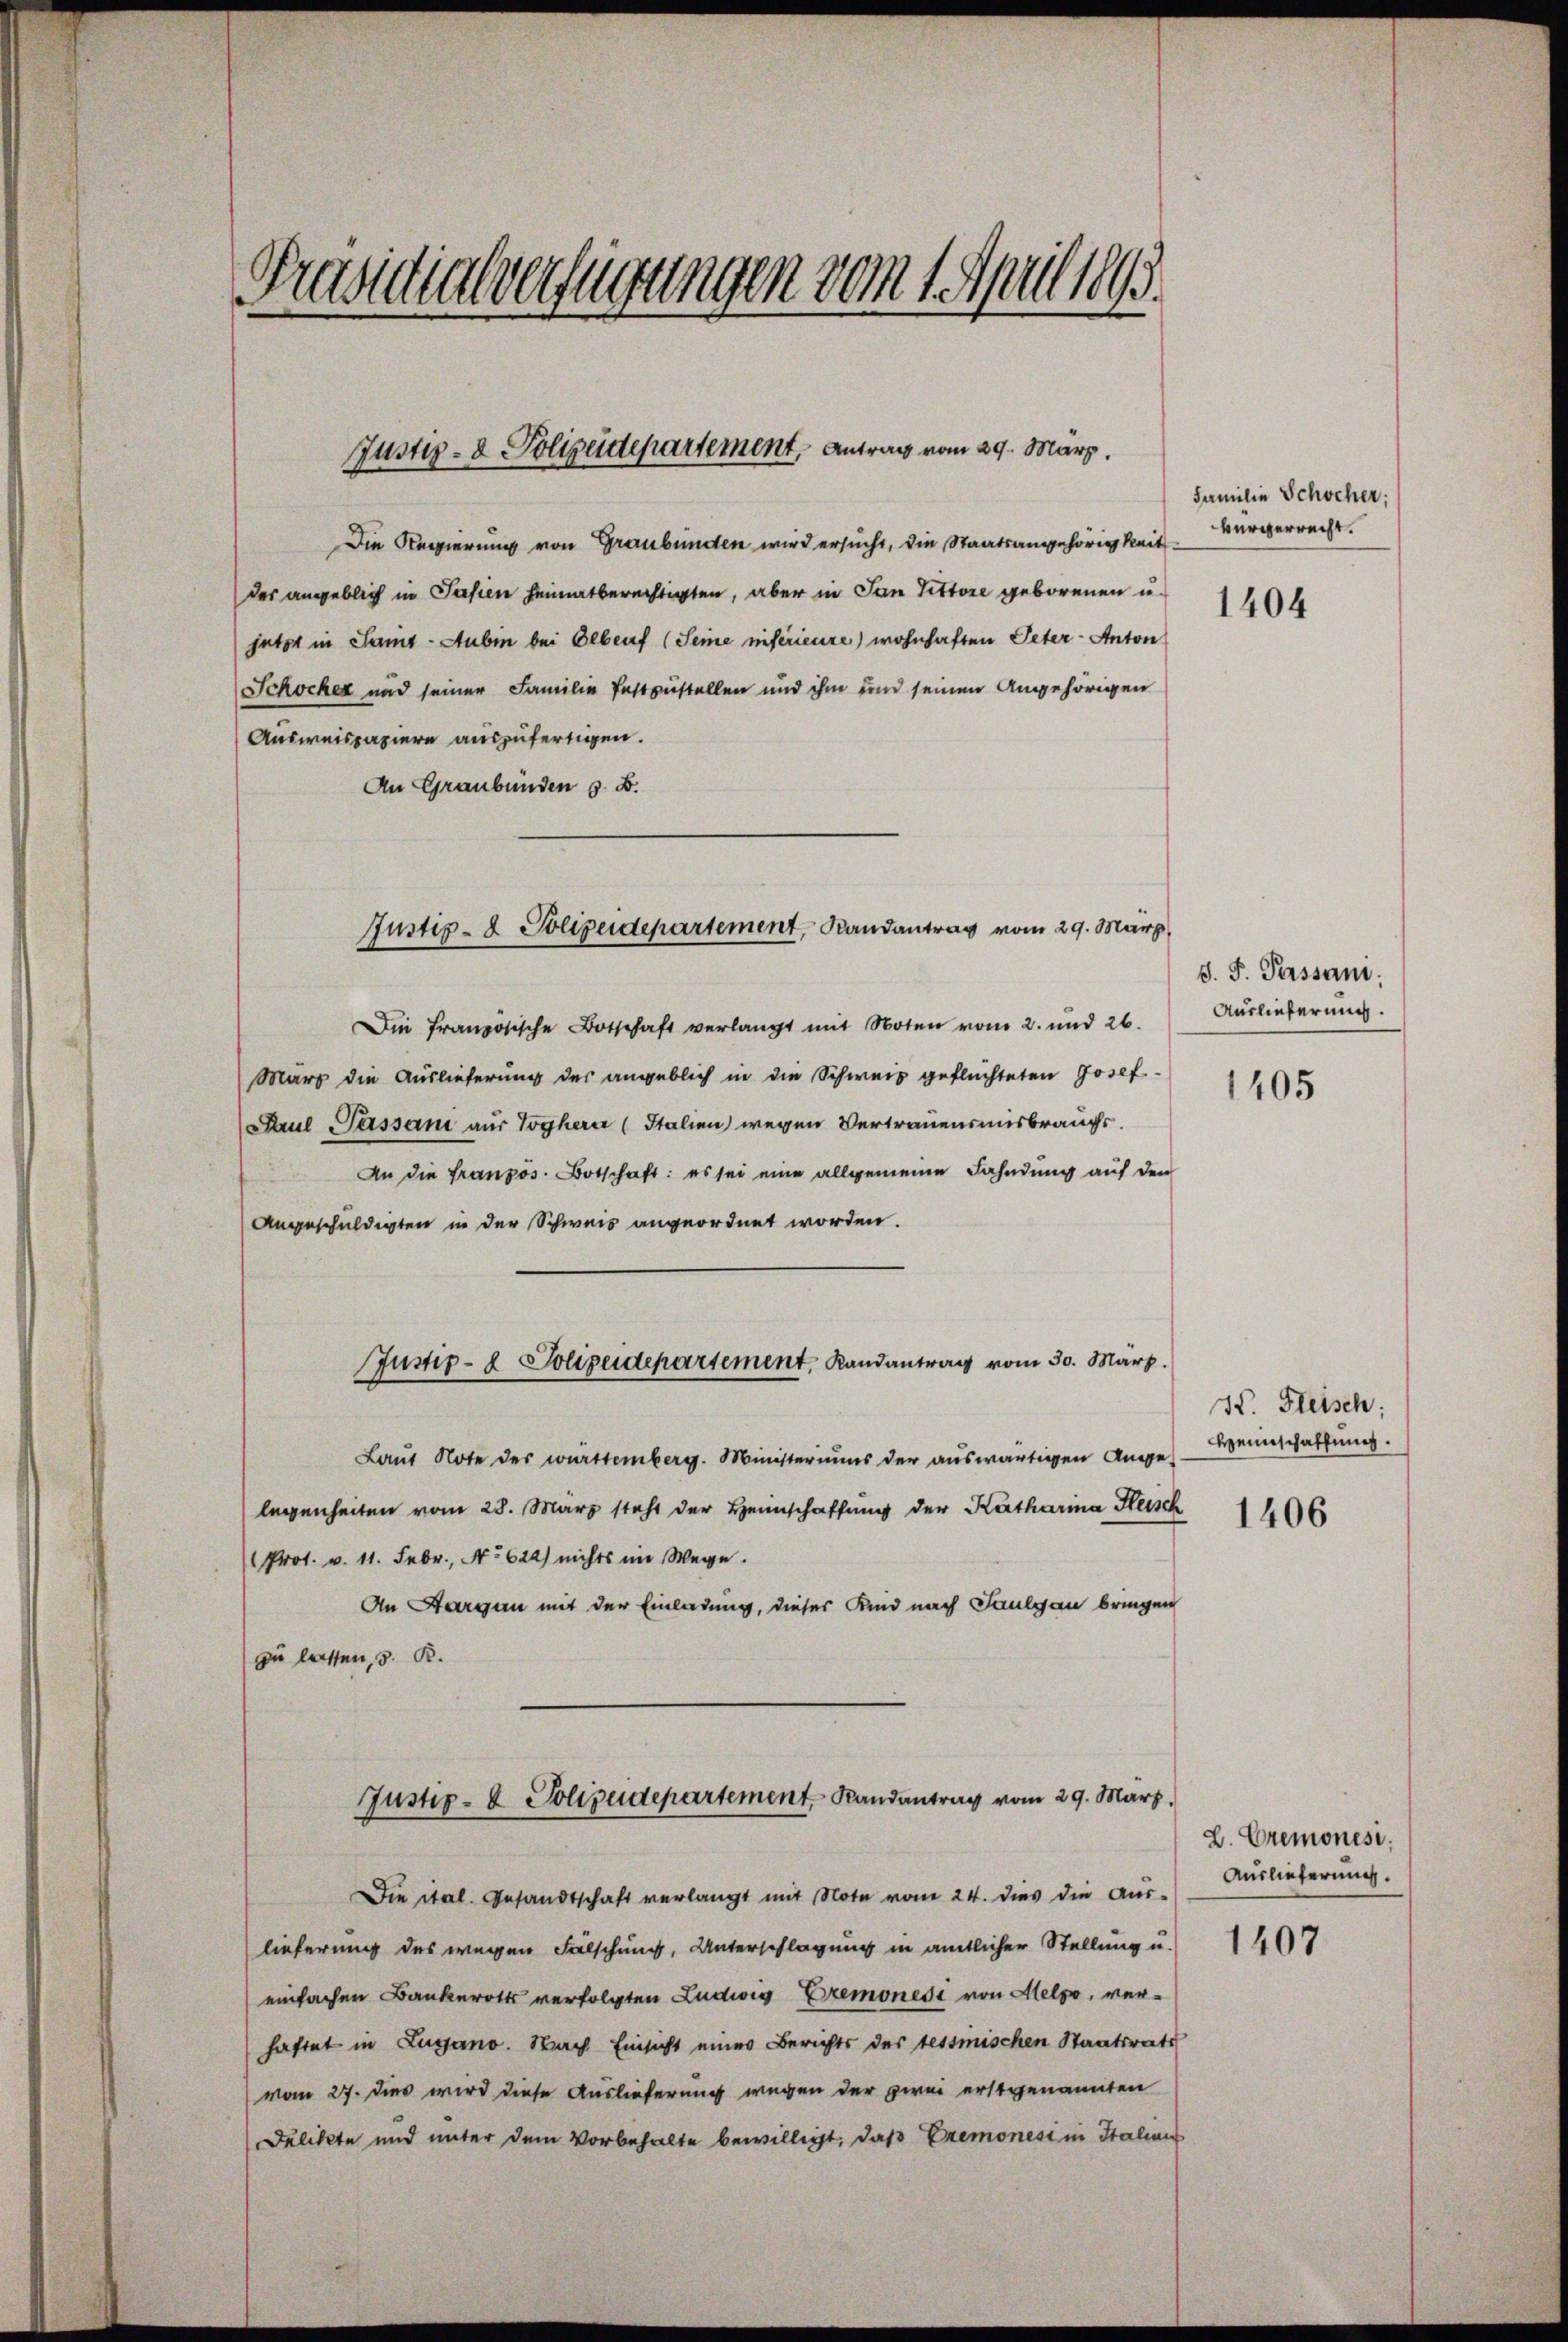
Präsidialverfügungen vom 1. April 1893.

Justiz- & Polizeidepartement, Antrag vom 29. März.

Die Regierung von Graubünden wird ersucht, die Staatsangehörigkeit Bürgerrecht.
des angeblich in Pasien heimatberechtigten, aber in San Tittore geborenen u.
jetzt in Samt-Aubin bei Olberf (Seine niférieure) wohnhaften Peter - Anton
Schocker und seiner Familie festzustellen und ihm und seinen Angehörigen
Ausweispapiere auszufertigen.
An Graubünden s. B.

Justiz- & Polizeidepartement, Randantrag vom 29. März,

Die französische Botschaft verlangt mit Noten vom 2. und 26.
Mart die Auslieferung des angeblich in die Schweiz geflüchteten Josef
Paul Passani aus Voghere (Italien) wegen Vertrauensmisbrauchs.
An die Französ. Botschaft: es sei eine allgemeine Fahndung auf den
Angeschuldigten in der Schweis angeordnet worden.
Laut Note der württemberg. Ministeriums der auswärtigen Anges Weinschaffung.
legenheiten vom 28. März steht der Heimschaffung der Katharina Heisch
Prot. v. 11. Febr., No 624) nichts im Wege.
An Horgen mit der Einladung, dieser Kind nach Saulgau bringen
zu lassen, 5. R.
Justiz- & Polizeidepartement Randantrag vom 29. März.
Die ital. Gesandtschaft verlangt mit Note vom 24. dies die Aus-
lieferung des wegen Fälschung, Unterschlagung in amtlicher Stellung u.
einfachen Bankerotts verfolgten Ludwig Bremonese von Melpo, verhaftet in Lugano. Nach Einsicht eines Berichts des testmischen Staatsrath
vom 27. dies wird diese Auslieferung wegen der zwei erstgenannten
Jelikte und unter dem Vorbehalte bewilligt, daß Eremonesi in Staliens

Justiz- & Polizeidepartement, Randantrag vom 30. März.

Familie Schweher;

1404

s. S. Passam:
Auslieferung.

1405

H. Fleisch;
1406

Z. Cremonesi
Auslieferung.

1407